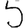
Digit: 5